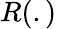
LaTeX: R(.)